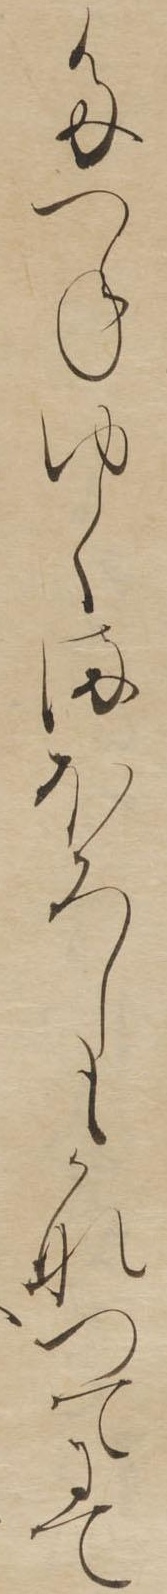
たつねゆくまほろしもかなつてにて